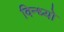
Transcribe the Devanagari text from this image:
विन्ध्यो